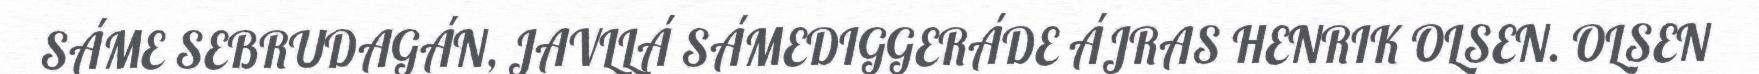
SÁME SEBRUDAGÁN, JAVLLÁ SÁMEDIGGERÁDE ÁJRAS HENRIK OLSEN. OLSEN